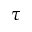
\tau